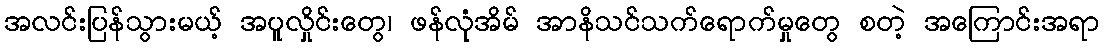
အလင်းပြန်သွားမယ့် အပူလှိုင်းတွေ၊ ဖန်လုံအိမ် အာနိသင်သက်ရောက်မှုတွေ စတဲ့ အကြောင်းအရာ